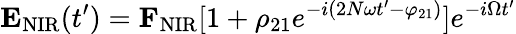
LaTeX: {\mathbf E}_{\mathrm{NIR}}(t^{\prime})={\mathbf F}_{\mathrm{NIR}}[1+\rho_{21}e^{-i(2N\omega t^{\prime}-\varphi_{21})}]e^{-i\Omega t^{\prime}}